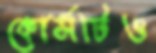
কোর্সটিও